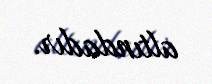
altındadır.